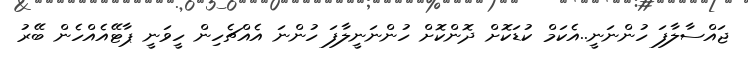
ޖައްސާލާފަ ހުންނަނީ..އެކަމް ކުޑަކޮށް ދޮންކޮށް ހުންނަނީލާފަ ހުންނަ އެއްޗެހިން ހީވަނީ ޕާޓޭއެއްހެން ބޭރު